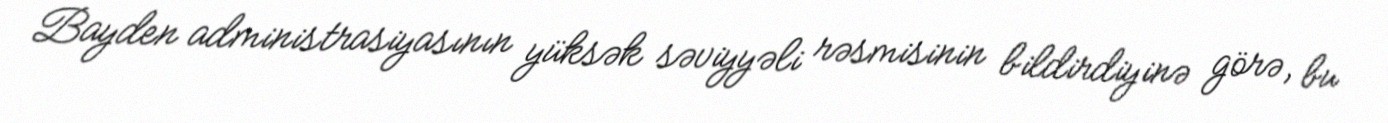
Bayden administrasiyasının yüksək səviyyəli rəsmisinin bildirdiyinə görə, bu